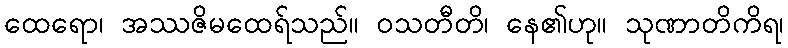
ထေရော၊ အဿဇိမထေရ်သည်။ ဝသတီတိ၊ နေ၏ဟု။ သုဏာတိကိရ၊